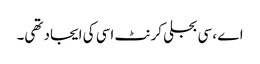
اے ، سی بجلی کرنٹ اسی کی ایجاد تھی۔